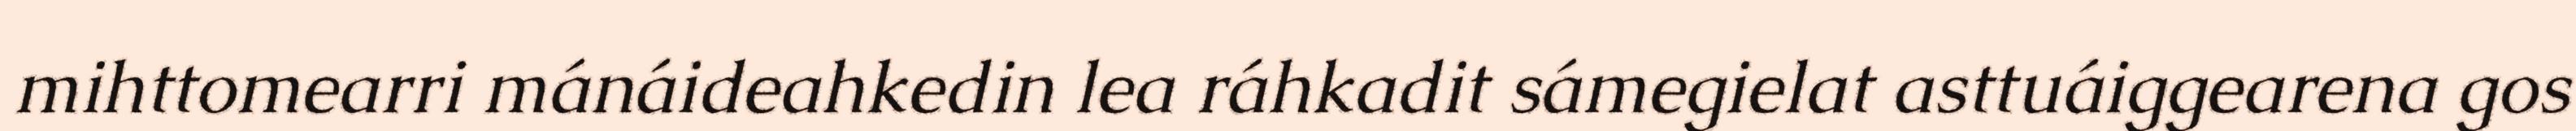
mihttomearri mánáideahkedin lea ráhkadit sámegielat asttuáiggearena gos